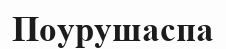
Поурушаспа